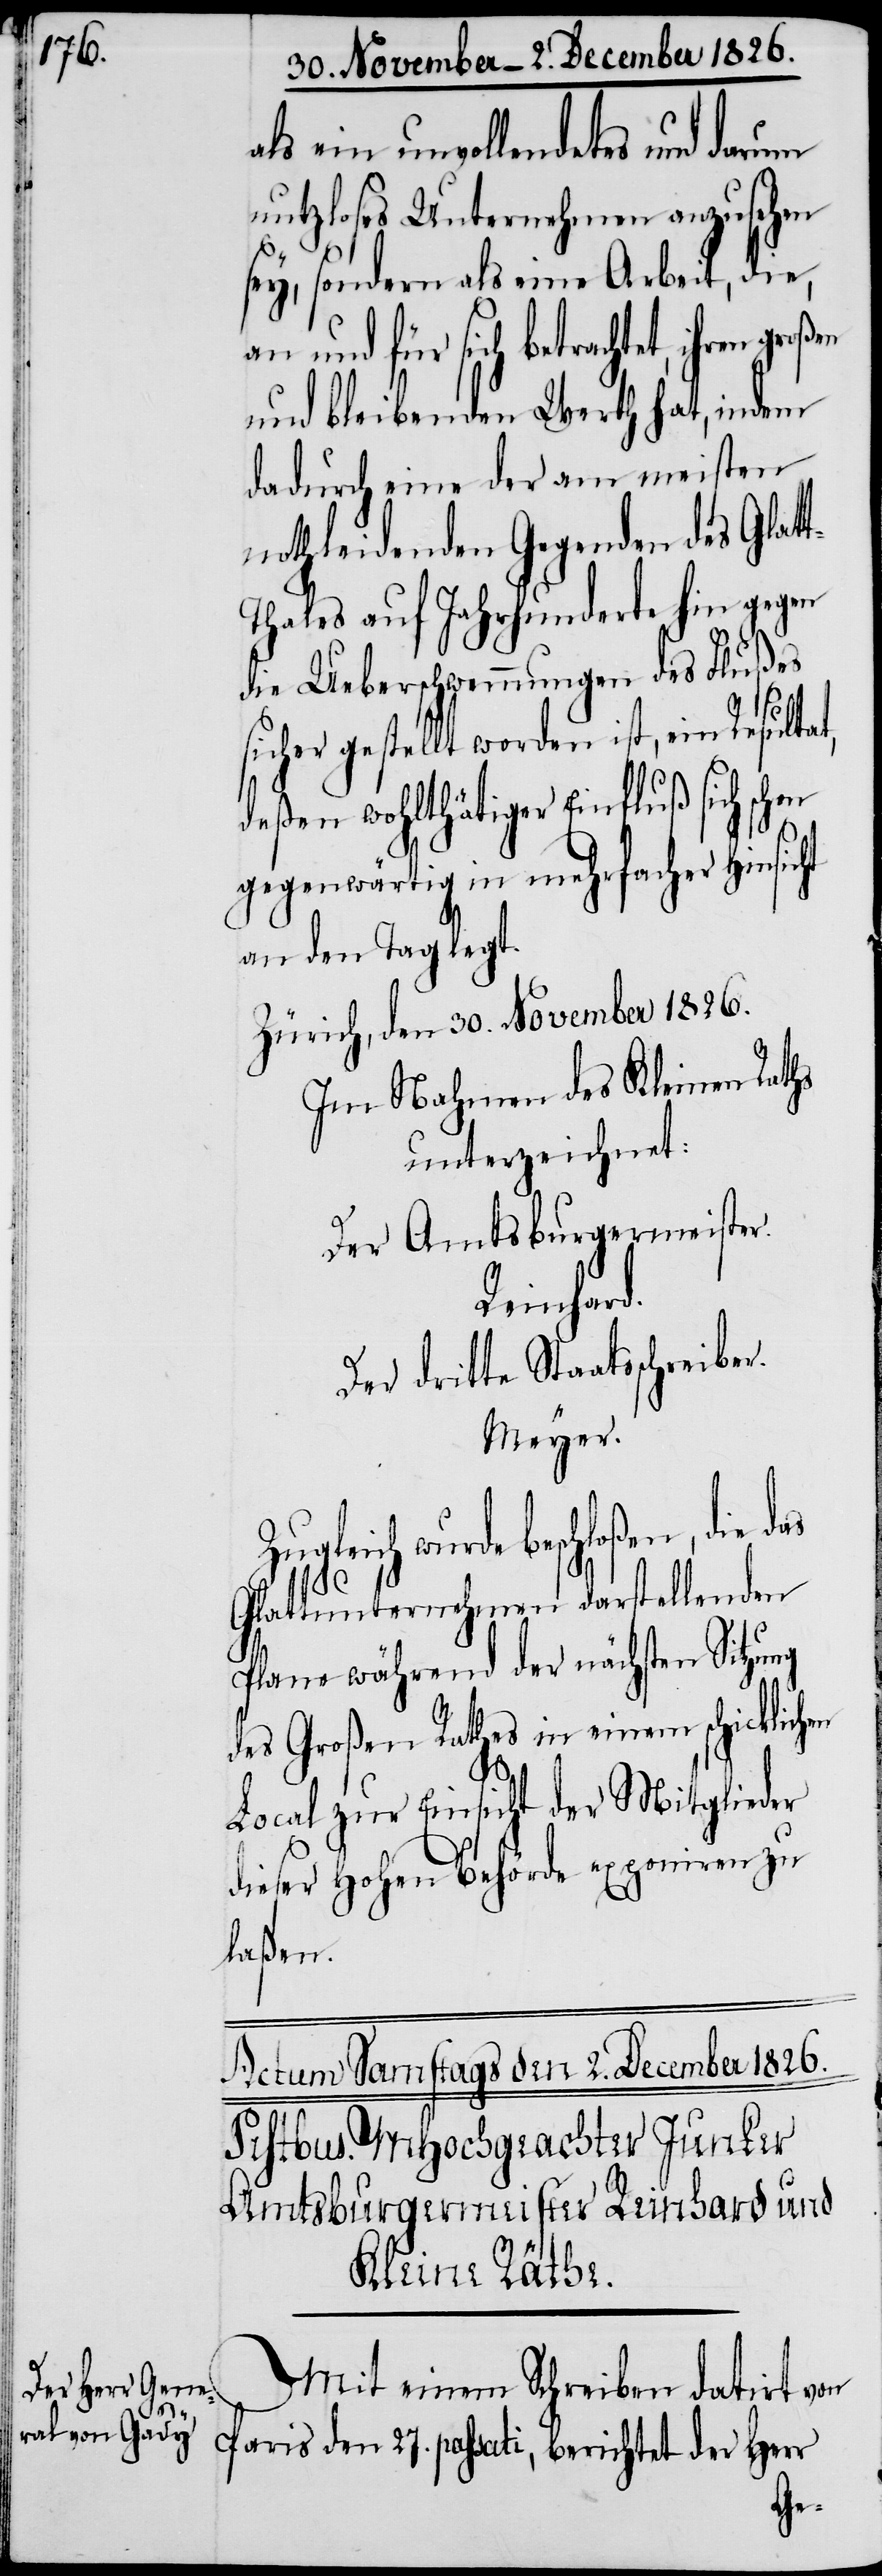
als ein unvollendetes und darum
nutzloses Unternehmen anzusehen
sey, sondern als eine Arbeit, die,
an und für sich betrachtet, ihren
und bleibenden Werth hat, indem
dadurch eine der am meisten
nothleidenden Gegenden des Glat¬
hales auf Jahrhunderte hin gegen
die Ueberschwemmungen des Flußes
sicher gestellt worden ist, ein Resultat,
deßen wohltätiger Einfluß sich schon
gegenwärtig in mehrfacher Hinsicht
an den Tag legt.
Zürich, den 30. November 1826.
Im Nahmen des Kleinen Raths
unterzeichnet:
Der Amtsburgermeister.
Reinhard.
Der dritte Staatsschreiber.
Meyer.
Zugleich wurde beschloßen, die
Glattunternehmen darstellenden
Plane während der nächsten Sitzung
des Großen Rathes in einem schicklichen
Local zur Einsicht der Mitglieder
dieser hohen Behörde exponiren zu
laßen.
Mit einem Schreiben datirt von
Paris den 27. passati, berichtet der Herr
t-T¬